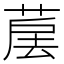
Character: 𦳰